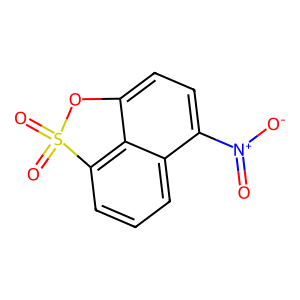
SMILES: O=[N+]([O-])c1ccc2c3c(cccc13)S(=O)(=O)O2
Inhibits HIV replication: No